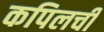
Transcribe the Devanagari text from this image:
कपिलची